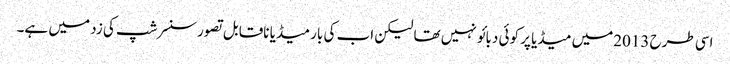
اسی طرح 2013میں میڈیا پر کوئی دبائو نہیں تھا لیکن اب کی بار میڈیا ناقابل تصورسنسرشپ کی زد میں ہے۔